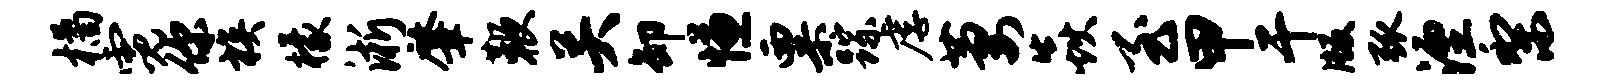
橘霓你族檬淅肇鞭关卸慊粟踪虐萋焱至甲干版弧湮梨